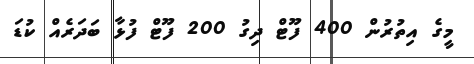
މީގެ އިތުރުން 400 ފޫޓް ދިގު 200 ފޫޓް ފުޅާ ބަދަރެއް ކުޑަ